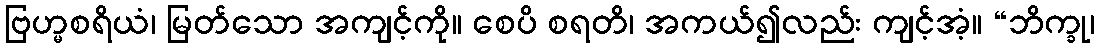
ဗြဟ္မစရိယံ၊ မြတ်သော အကျင့်ကို။ စေပိ စရတိ၊ အကယ်၍လည်း ကျင့်အံ့။ “ဘိက္ခု၊